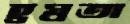
হ্রস্বতা